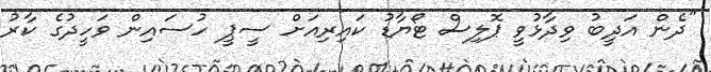
"ދެން އަދީބު ވިދާޅުވީ ޕޮލިސް ޓޯޔާޑު ކައިރިއަށް ސީޕީ ހުސައިން ވަހީދުގެ ކާރު